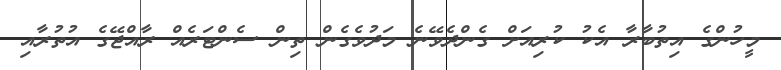
މީހުންގެ އިތުބާރާ އެކު ކުރިއަށް ގެންދެވޭނެ މަދުވެގެން ތިން ސެންޓަރެއް ރާއްޖޭގެ އުތުރާއި